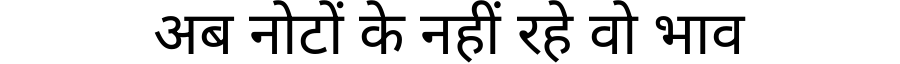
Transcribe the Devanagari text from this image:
अब नोटों के नहीं रहे वो भाव